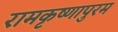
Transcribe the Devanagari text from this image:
रामकृष्णापुरम